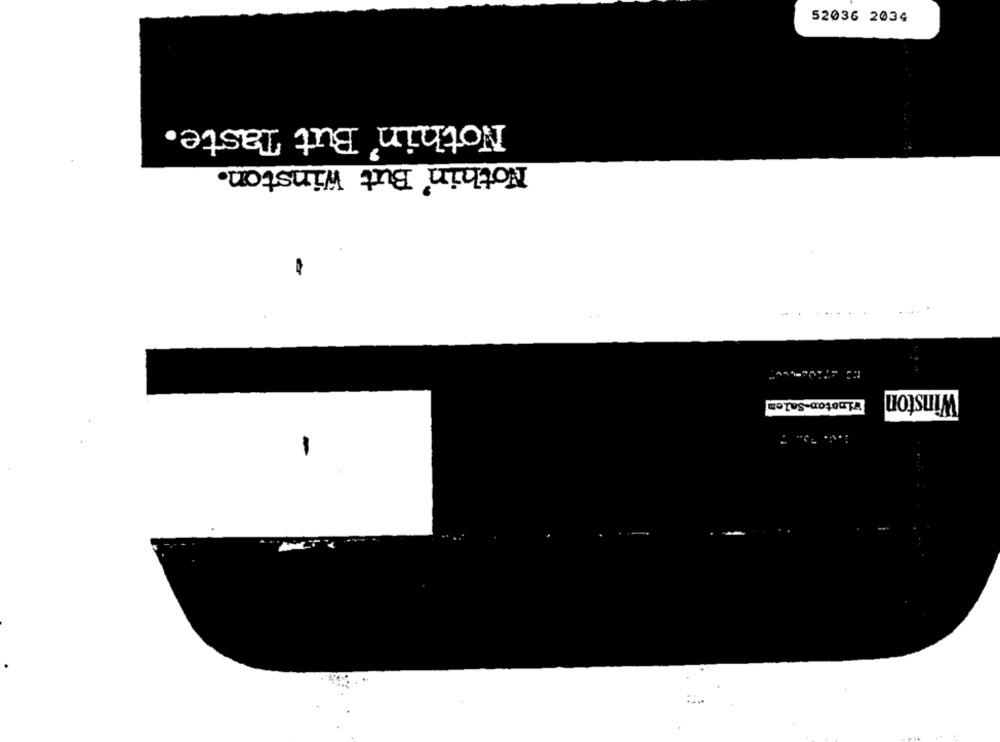
52036 2034
Nothin' But Taste.
Nothin' But Winston.
Winston
Winston-Salem